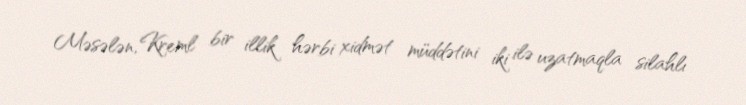
Məsələn, Kreml bir illik hərbi xidmət müddətini iki ilə uzatmaqla silahlı